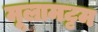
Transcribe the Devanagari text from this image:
मूलामट्टम